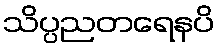
သိပ္ပညတရေနပိ